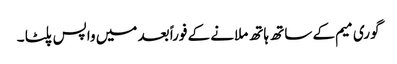
گوری میم کے ساتھ ہاتھ ملانے کے فوراً بعد میں واپس پلٹا ۔